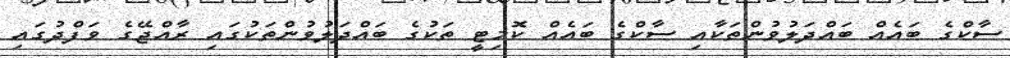
ސާކްގެ ބައެއް ބައްދަލުވުންތަކާއި ސާކްގެ ބައެއް ކޮމިޓީ ތަކުގެ ބައްދަލުވުންތަކުގައި ރާއްޖޭގެ ވަފްދުގައި